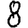
Digit: 8